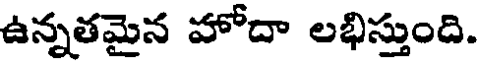
ఉన్నతమైన హోదా లభిస్తుంది.